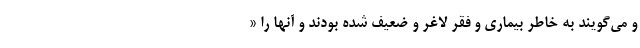
و می‌گویند به خاطر بیماری و فقر لاغر و ضعیف شده بودند و آنها را «